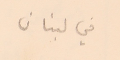
في لبنان